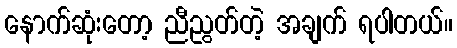
နောက်ဆုံးတော့ ညီညွတ်တဲ့ အချက် ရပါတယ်။